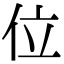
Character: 位